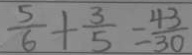
\frac { 5 } { 6 } + \frac { 3 } { 5 } = \frac { 4 3 } { 3 0 }